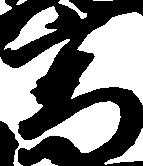
高